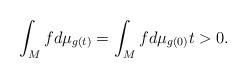
LaTeX: \begin{align*} \int_Mfd\mu_{g(t)}=\int_Mfd\mu_{g(0)} t>0.\end{align*}